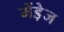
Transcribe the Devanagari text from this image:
मेंडे़ज